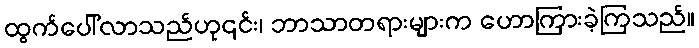
ထွက်ပေါ်လာသည်ဟု၎င်း၊ ဘာသာတရားများက ဟောကြားခဲ့ကြသည်။